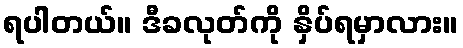
ရပါတယ်။ ဒီခလုတ်ကို နှိပ်ရမှာလား။